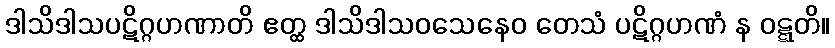
ဒါသိဒါသပဋိဂ္ဂဟဏာတိ ဧတ္ထ ဒါသိဒါသဝသေနေဝ တေသံ ပဋိဂ္ဂဟဏံ န ဝဋ္ဋတိ။